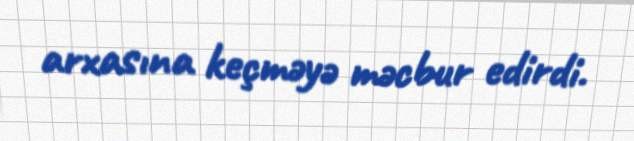
arxasına keçməyə məcbur edirdi.